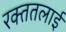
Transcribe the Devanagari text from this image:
रक्‍ततलाई